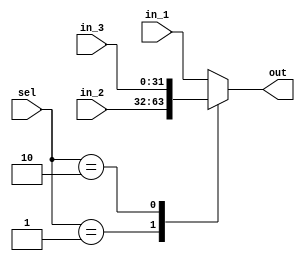
module mux3X1 #(parameter WIDTH = 32)
(
    input  wire   [WIDTH-1:0]    in_1  ,
    input  wire   [WIDTH-1:0]    in_2  ,
    input  wire   [WIDTH-1:0]    in_3  ,
    input  wire   [1      :0]    sel   ,

    output reg    [WIDTH-1:0]    out  
);
    
always @(*) 
begin
    case(sel)
    2'b00   : out = in_1 ;
    2'b01   : out = in_2 ;
    2'b10   : out = in_3 ;
    default : out = in_1 ;
    endcase
end

endmodule